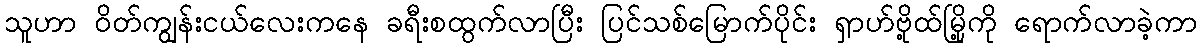
သူဟာ ဝိတ်ကျွန်းငယ်လေးကနေ ခရီးစထွက်လာပြီး ပြင်သစ်မြောက်ပိုင်း ရှာဟ်ဗို့ထ်မြို့ကို ရောက်လာခဲ့ကာ